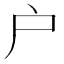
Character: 户